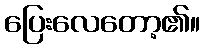
ပြေးလေတော့၏။